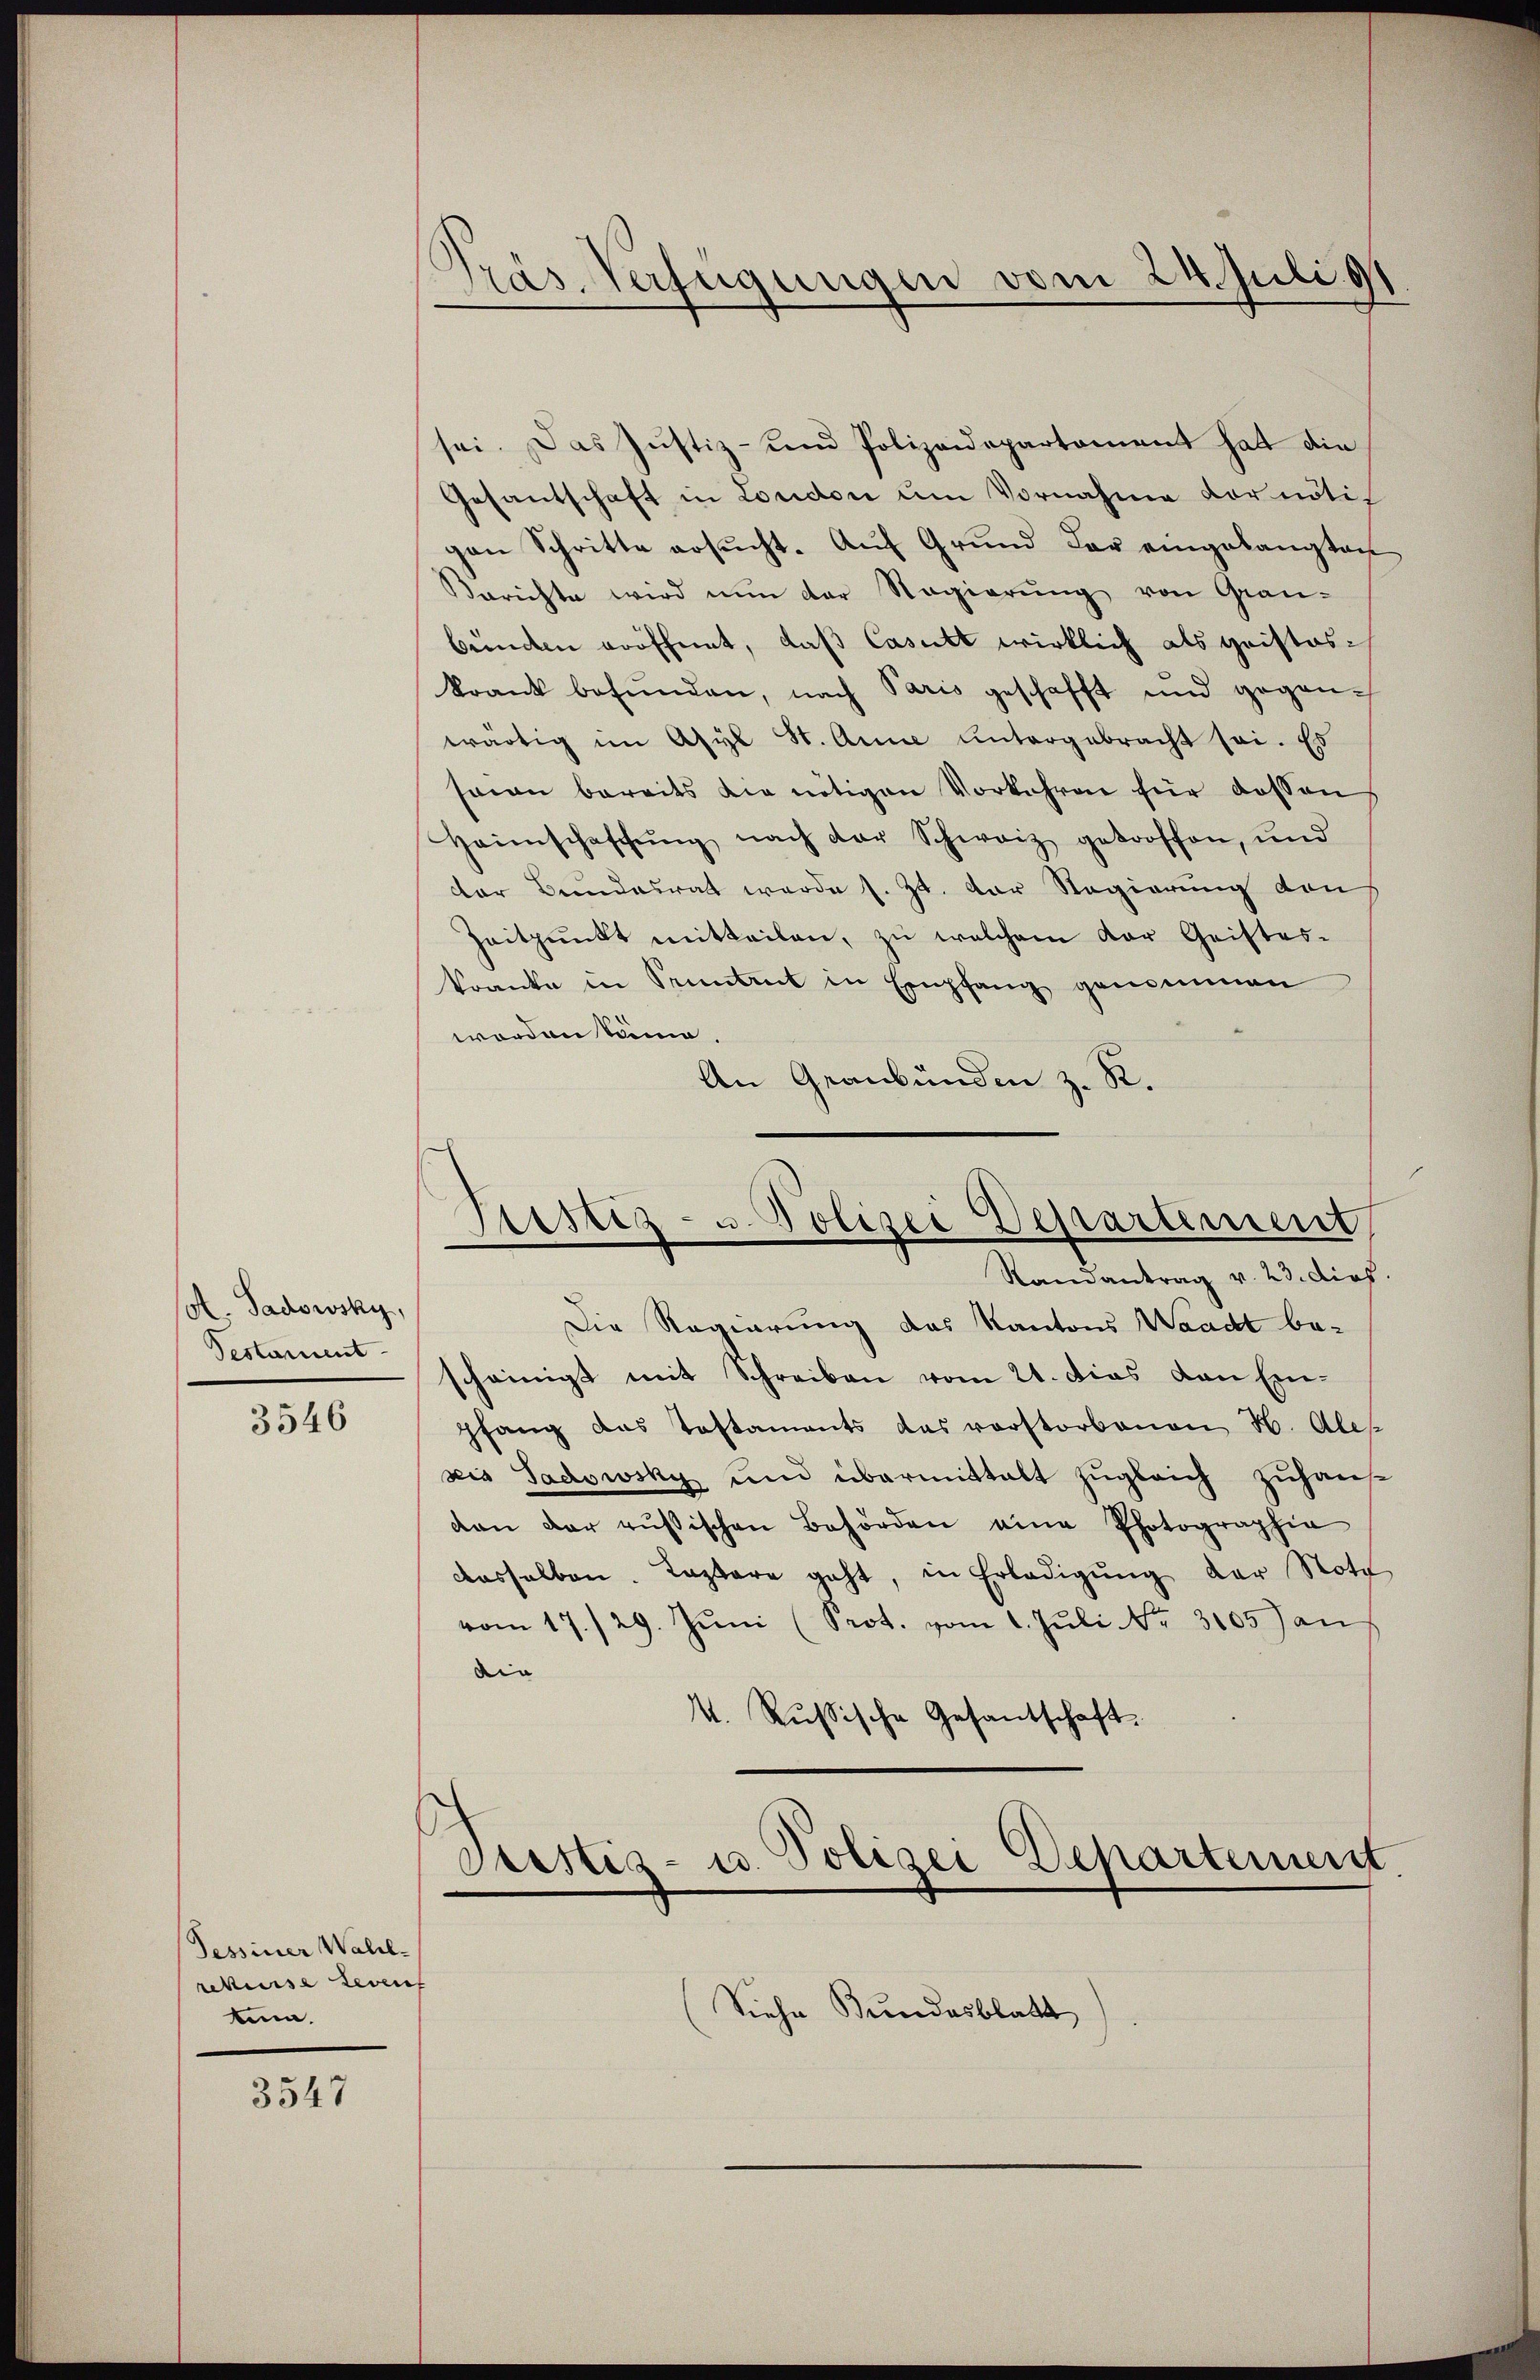
Col. Gadowsky,
Pestament-

3546

Tessiner Wahlrekurse Leven
ten.

3547

Präs. Verfügungen vom 24. Juli 91.

sei. Das Justiz- und Polizeidepartement hat die
Gesantschaft in London um Vornahme vor nöti
gen Schritte ersucht. Auf Grund der eingelangten
Berichte wird nun der Nagierung von Grau-
bunden eröffnet, daß Casett wirklich als geisteskrank befŭnden, nach Paris geschafft und gegen-
wärtig im Asyl St. Anne untergebracht sei. Es
seien bereits die nötigen Vorkehren für dessen
Heimschaffŭng nach der Schweiz getroffen, und
der Bundesrat werde s. Zt. der Regierung den
Zeitpunkt mitteilen, zu welchem der Geistes-
kranke in Pruntrut in Empfang genommen
worden käme,
An Graubünden z. R.
Justiz- u Polizei Departement
Randantrag v. 23. dies
Die Regierung das Kantons Waadt be-
scheinigt mit Schreiben vom 21. dies von Ein-
pfang das Testaments das vorstorbenen H. Ale-
seis Sadowsky und übermittalt zugleich zuhaus
dan der russischen Behörden eine Photographia
dasselben. Lazare geht, in Erledigŭng der Note
vom 17./29. Jŭni (Prot. vom 1. Juli Nr. 3105) an
die
V. Rußische Gesantschaft.
Justiz- u. Polizei Departement

Siehe Bundesblatt).